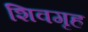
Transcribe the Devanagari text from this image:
शिवगृह